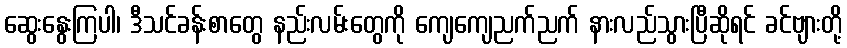
ဆွေးနွေးကြပါ၊ ဒီသင်ခန်းစာတွေ နည်းလမ်းတွေကို ကျေကျေညက်ညက် နားလည်သွားပြီဆိုရင် ခင်ဗျားတို့